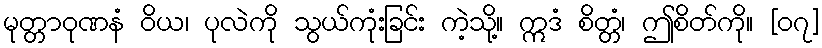
မုတ္တာဝုဏနံ ဝိယ၊ ပုလဲကို သွယ်ကုံးခြင်း ကဲ့သို့။ ဣဒံ စိတ္တံ၊ ဤစိတ်ကို။ [၀၇]